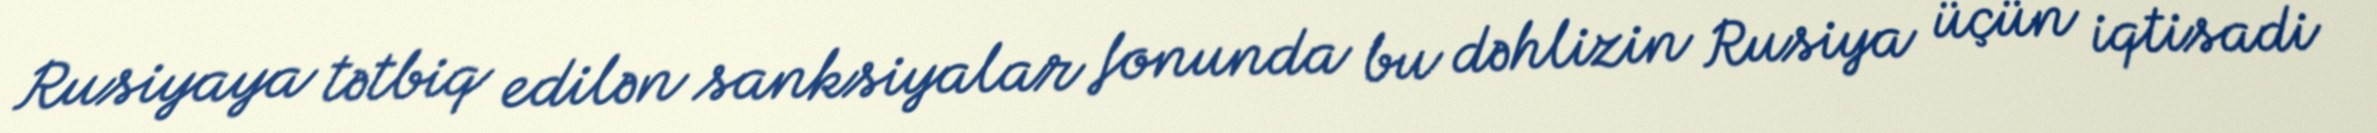
Rusiyaya tətbiq edilən sanksiyalar fonunda bu dəhlizin Rusiya üçün iqtisadi